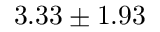
3 . 3 3 \pm 1 . 9 3